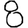
Digit: 8